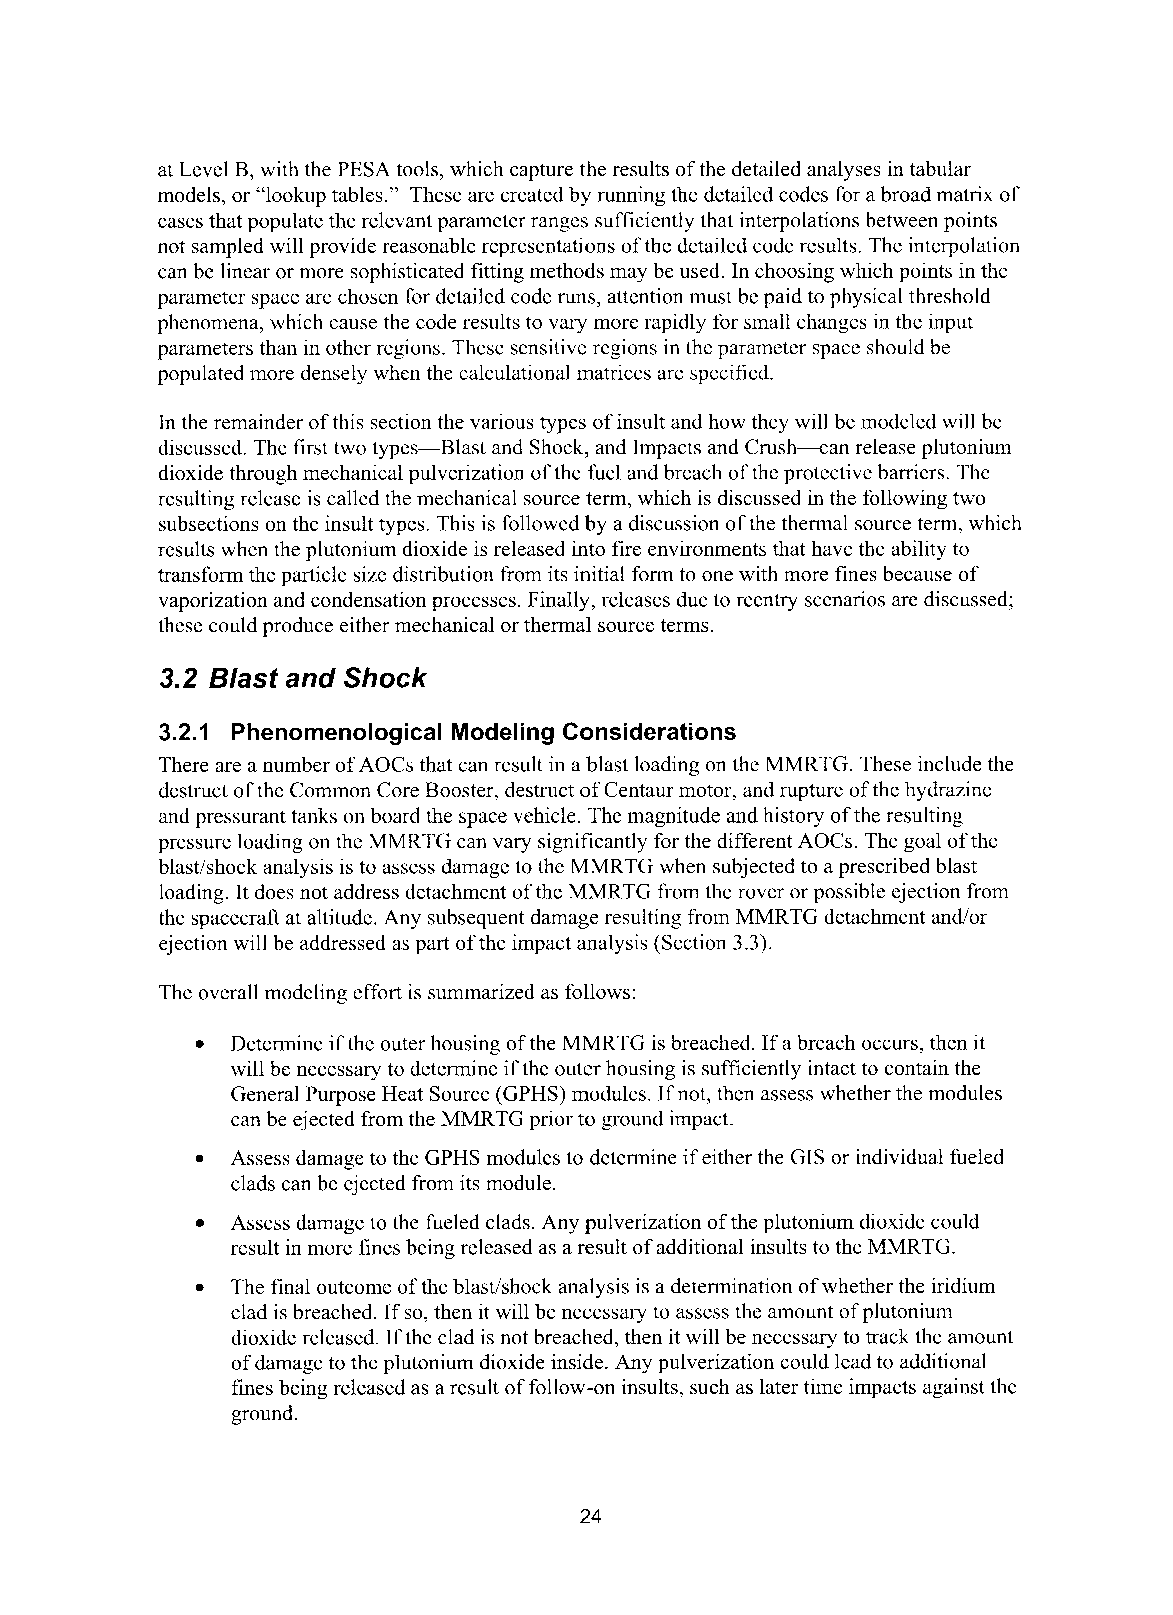
at Level B, with the PESA tools, which capture the results of the detailed analyses in tabular
 models, or “lookup tables.” These are created by running the detailed codes for a broad matrix of
 cases that populate the relevant parameter ranges sufficiently that interpolations between points
 not sampled will provide reasonable representations of the detailed code results. The interpolation
 can be linear or more sophisticated fitting methods may be used. In choosing which points in the
 parameter space are chosen for detailed code runs, attention must be paid to physical threshold
 phenomena, which cause the code results to vary more rapidly for small changes in the input
 parameters than in other regions. These sensitive regions in the parameter space should be
 populated more densely when the calculational matrices are specified.
 In the remainder of this section the various types of insult and how they will be modeled will be
 discussed. The first two types-Blast and Shock, and Impacts and Crush+an release plutonium
 dioxide through mechanical pulverization of the fuel and breach of the protective barriers. The
 resulting release is called the mechanical source term, which is discussed in the following two
 subsections on the insult types. This is followed by a discussion of the thermal source term, which
 results when the plutonium dioxide is released into fire environments that have the ability to
 transform the particle size distribution from its initial form to one with more fines because of
 vaporization and condensation processes. Finally, releases due to reentry scenarios are discussed;
 these could produce either mechanical or thermal source terms.
 3.2 Blast and Shock
 3.2.1 Phenomenological Modeling Considerations
 There are a number of AOCs that can result in a blast loading on the MMRTG. These include the
 destruct of the Common Core Booster, destruct of Centaur motor, and rupture of the hydrazine
 and pressurant tanks on board the space vehicle. The magnitude and history of the resulting
 pressure loading on the MMRTG can vary significantly for the different AOCs. The goal of the
 blast/shock analysis is to assess damage to the MMRTG when subjected to a prescribed blast
 loading. It does not address detachment of the MMRTG from the rover or possible ejection from
 the spacecraft at altitude. Any subsequent damage resulting from MMRTG detachment andor
 ejection will be addressed as part of the impact analysis (Section 3.3).
 The overall modeling effort is summarized as follows:
 Determine if the outer housing of the MMRTG is breached. If a breach occurs, then it
 will be necessary to determine if the outer housing is sufficiently intact to contain the
 General Purpose Heat Source (GPHS) modules. If not, then assess whether the modules
 can be ejected from the MMRTG prior to ground impact.
 Assess damage to the GPHS modules to determine if either the GIS or individual fueled
 0
 clads can be ejected from its module.
 Assess damage to the fueled clads. Any pulverization of the plutonium dioxide could
 result in more fines being released as a result of additional insults to the MMRTG.
 The final outcome of the blast/shock analysis is a determination of whether the iridium
 0
 clad is breached. If so, then it will be necessary to assess the amount of plutonium
 dioxide released. If the clad is not breached, then it will be necessary to track the amount
 of damage to the plutonium dioxide inside. Any pulverization could lead to additional
 fines being released as a result of follow-on insults, such as later time impacts against the
 ground.
 24